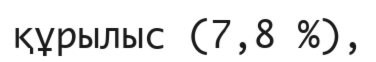
құрылыс (7,8 %),